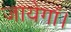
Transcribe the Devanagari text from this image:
जायेगाँ।